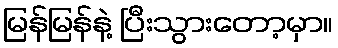
မြန်မြန်နဲ့ ပြီးသွားတော့မှာ။